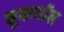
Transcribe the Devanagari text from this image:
बूकमॉल